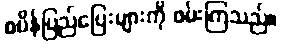
စပိန်ပြည်ပြေးများကို ဖမ်းကြသည်။